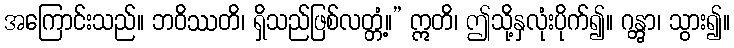
အကြောင်းသည်။ ဘဝိဿတိ၊ ရှိသည်ဖြစ်လတ္တံ့။” ဣတိ၊ ဤသို့နှလုံးပိုက်၍။ ဂန္တွာ၊ သွား၍။